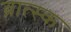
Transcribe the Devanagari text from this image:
ब्रात्स्क